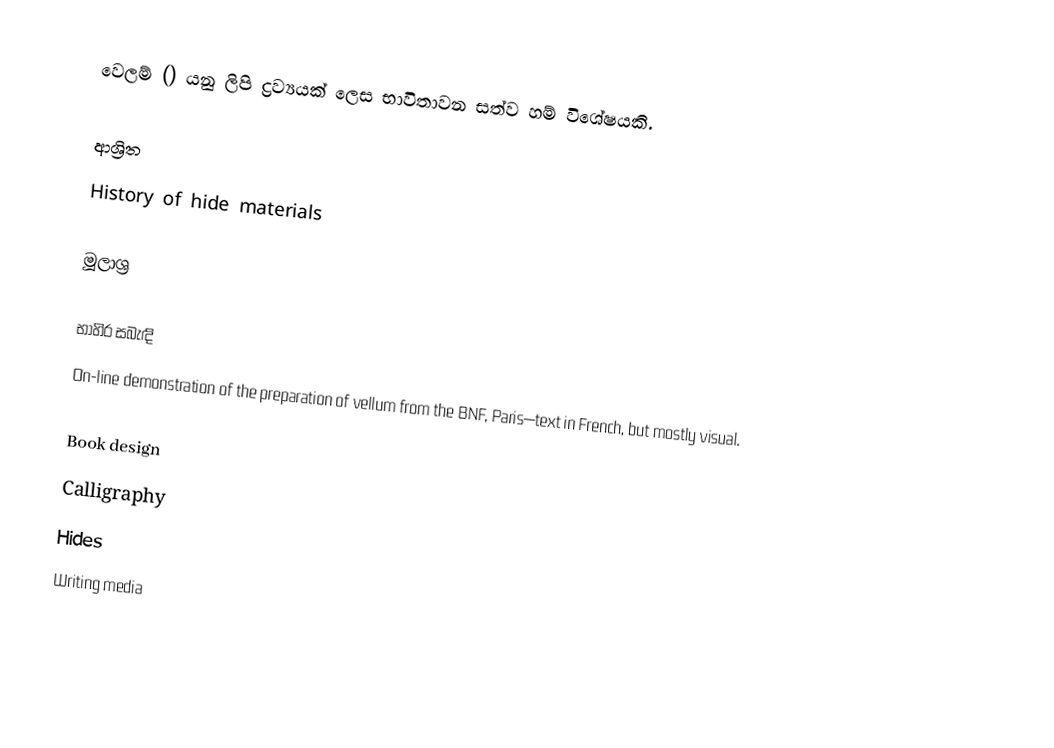
වෙලම් () යනු ලිපි ද්‍රව්‍යයක් ලෙස භාවිතාවන සත්ව හම් විශේෂයකි.

ආශ්‍රිත
 History of hide materials

මූලාශ්‍ර

භාහිර සබැඳි
On-line demonstration of the preparation of vellum from the BNF, Paris—text in French, but mostly visual.

Book design
Calligraphy
Hides
Writing media